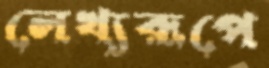
লেখ্যরূপে